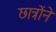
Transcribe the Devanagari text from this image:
छात्रोंने